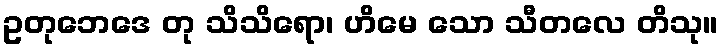
ဥတုဘေဒေ တု သိသိရော၊ ဟိမေ သော သီတလေ တိသု။